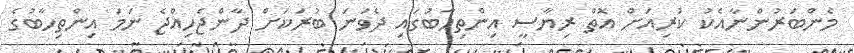
މެންބަރުންނާއެކު ކުރިއަށް އޮތް ރިޔާސީ އިންތިހާބުގައި ދެވަނަ ބުރަކަށް ދާންޖެހިއްޖެ ނަމަ އިންތިހާބުގެ